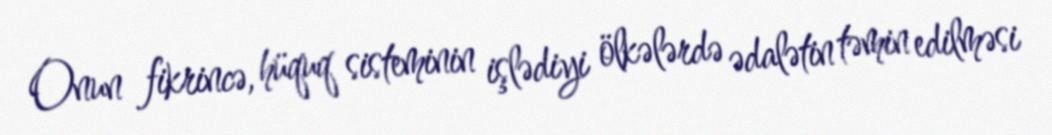
Onun fikrincə, hüquq sisteminin işlədiyi ölkələrdə ədalətin təmin edilməsi